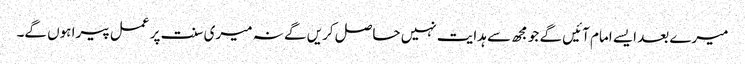
میرے بعد ایسے امام آئیں گے جو مجھ سے ہدایت نہیں حاصل کریں گے نہ میری سنت پر عمل پیرا ہوں گے۔